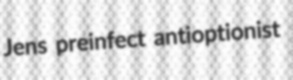
Jens preinfect antioptionist